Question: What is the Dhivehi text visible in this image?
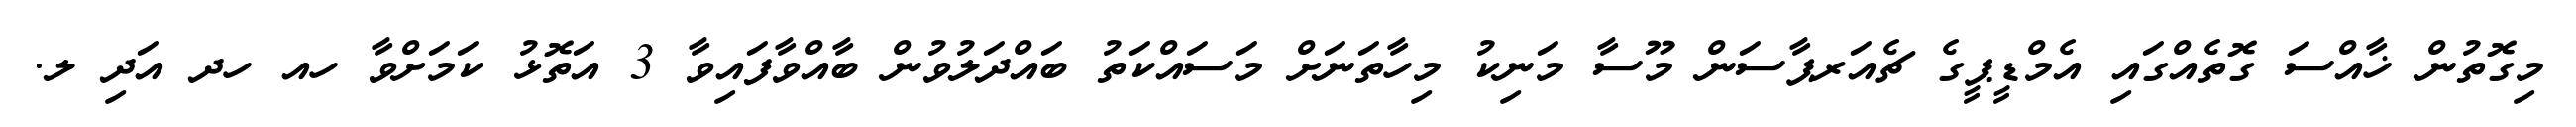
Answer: މިގޮތުން ޚާއްސަ ގޮތެއްގައި އެމްޑީޕީގެ ޗެއަރޕާސަން މޫސާ މަނިކު މިހާތަނަށް މަސައްކަތު ބައްދަލުވުން ބާއްވާފައިވާ 3 އަތޮޅު ކަމަށްވާ ހއ ހދ އަދި ލ.